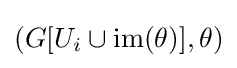
(G[U_{i}\cup \mathrm {im} (\theta )],\theta )